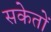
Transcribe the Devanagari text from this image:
सकेतों